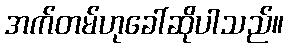
အက်တမ်ဟုခေါ်ဆိုပါသည်။